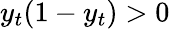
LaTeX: y_{t}(1-y_{t})>0